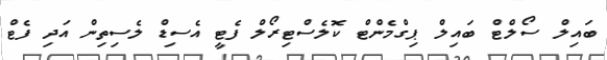
ބައިލް ސޯލްޓް ބައިލް ޕިގްމެންޓް ކޮލެސްޓިރޯލް ފެޓީ އެސިޑް ލެސިތިން އަދި ފެޓް